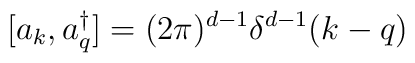
[a_k,a^\dagger_q]=(2\pi)^{d-1}\delta^{d-1}(k-q)